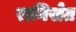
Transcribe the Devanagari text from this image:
रानिखेत